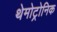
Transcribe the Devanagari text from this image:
थेमोट्रोनिक